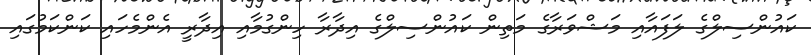
ކައުންސިލްގެ ލަފައާއި މަޝްވަރާގެ މަތިން ކައުންސިލްގެ އިދާރާ ހިންގުމާއި އިދާރީ އެންމެހައި ކަންކަމުގައި